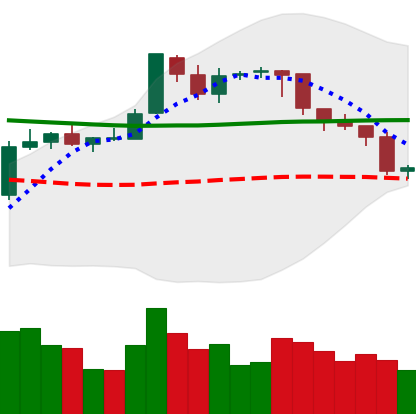
Ticker: BTC-USD
Chart end date: 2018-08-05
Forward return: -12.503%
Label: down_7plus